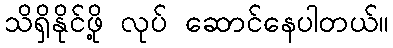
သိရှိနိုင်ဖို့ လုပ် ဆောင်နေပါတယ်။